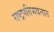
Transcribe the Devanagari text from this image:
राष्ट्रपतिभवनात